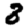
Digit: 8